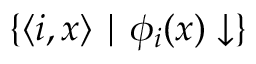
\{ \langle i , x \rangle \mid \phi _ { i } ( x ) \downarrow \}